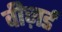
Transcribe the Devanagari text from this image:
वीज़र्ड